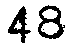
48